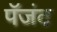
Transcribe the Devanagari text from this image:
पॅजंट